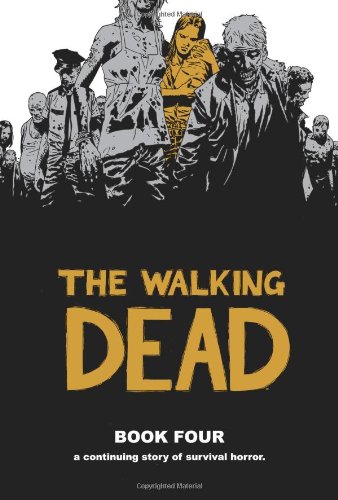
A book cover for The Walking Dead, Book 4; Comics & Graphic Novels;